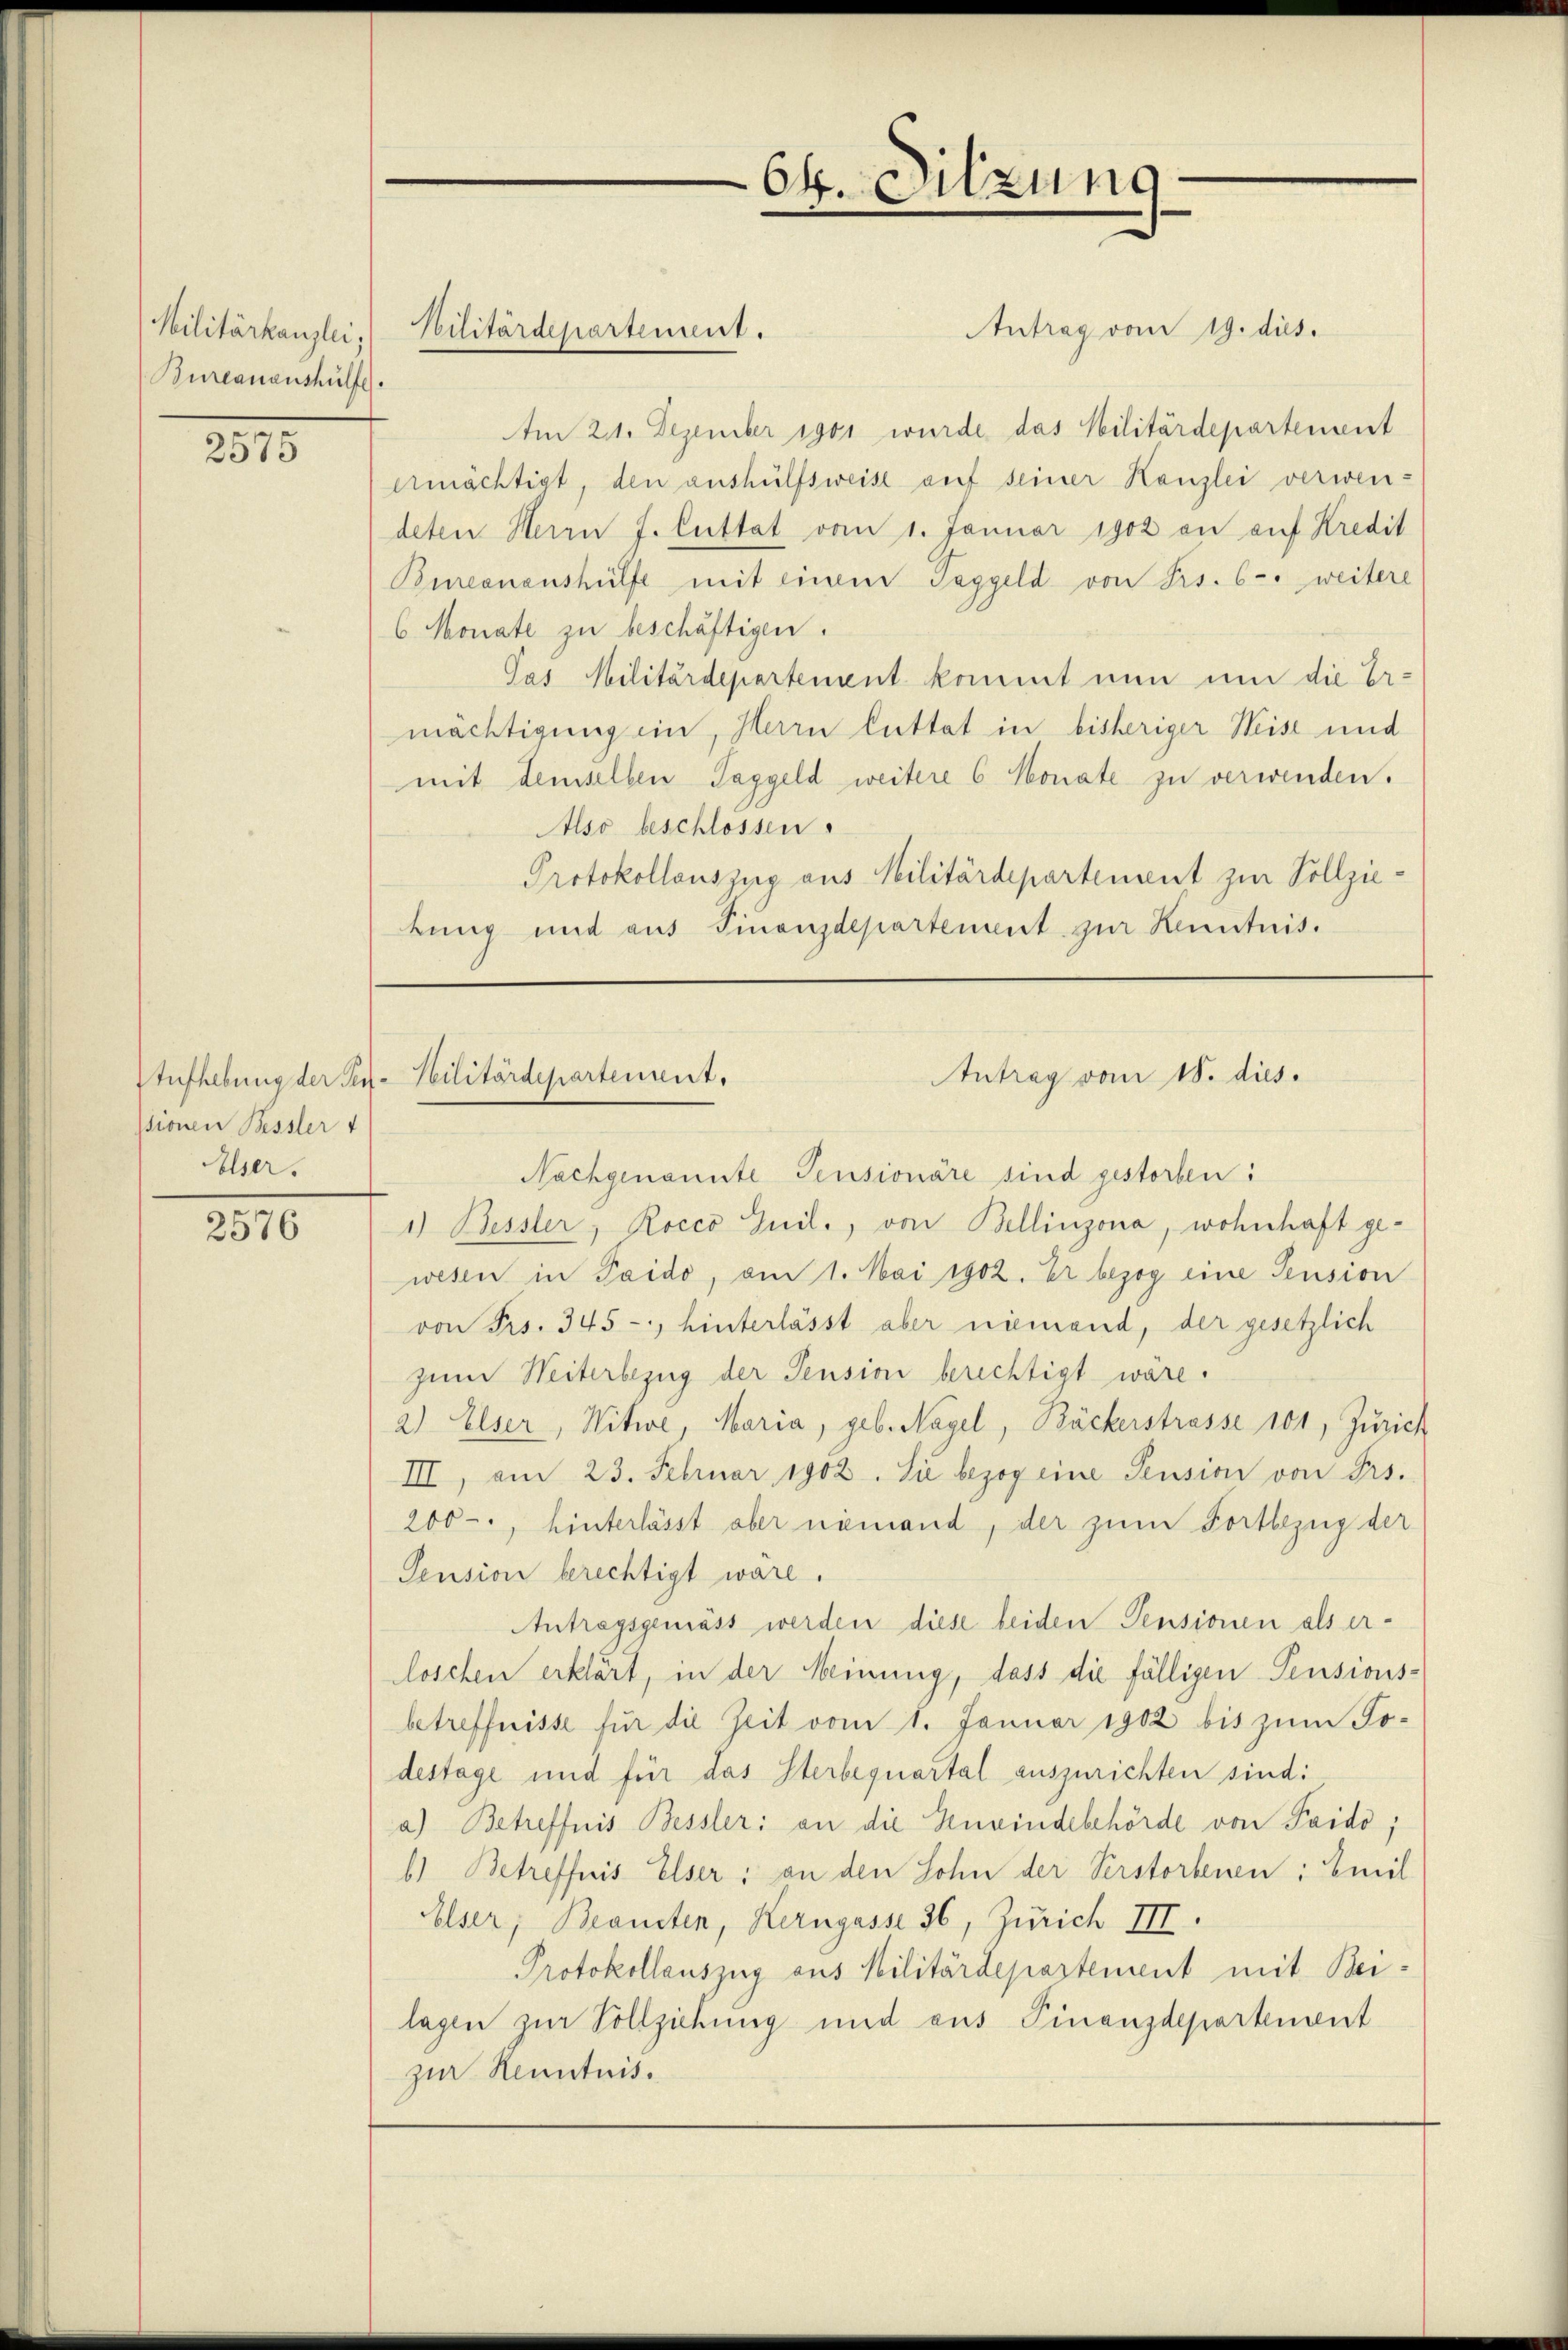
Bureauenshülfe

2575

ssionen Bessler
Solser.

2576

Antrag vom 19. dies
Am 21. Dezember 1901 wurde, das Militärdepartement
ermächtigt, den aushülfsweise auf seiner Kanzlei verwen-
deten Herrn J. Cuttat vom 1. Januar 1902 an auf Kredit
Bureananshülfe mit einem Taggeld von Frs. 6 - weitere
6 Monate zu beschäftigen.
Pas Militärdepartement kommt nun um die Er-
mächtigung ein, Herrn Luttat in bisheriger Weise und
mit demselben Taggeld weitere 6 Monate zu verwenden.
Also beschlossen
Protokollauszug aus Militärdepartement zur Vollziebung und aus Finanzdepartement zur Kenntnis.

Militärkanzlei, Hilitärdepartement.

Aufhebung der Ser-Militärdepartement.

64. Sitzung

Nachgenannte Pensionäre sind gestorben:
1) Bessler, Rocco Guil., von Bellinzona, wohnhaft ge-
wesen in Paido, am 1. Mai 1902. Er bezog eine Pension
von Frs. 345 - hinterlässt aber niemand, der gesetzlich
zum Weiterbezug der Pension berechtigt wäre.
2) Elser, Witwe, Maria, geb. Nagel, Bäckerstrasse 101, Zürich
III, am 23. Februar 1902. Sie bezog eine Pension von Frs.
200-, hinterlässt aber niemand, der zum Fortbezug der
Pension berechtigt wäre.
Antragsgemäss werden diese beiden Pensionen als er-
loschen erklärt, in der Meinung, dass die fälligen Pensions-
betreffnisse für die Zeit vom 1. Januar 1902 bis zum Jodestage und für das Sterbequartal auszurichten sind:
a) Betreffnis Bessler: an die Zenwindebehörde von Paido;
b) Betreffnis Elser: an den Sohn der Verstorbenen: Emil
Elser, Beansten, Kerngasse 36, Zürich III.
Protokollauszug aus Militärdepartement mit Bei-
lagen zur Vollziehung und aus Finanzdepartement
zur Kenntnis.

Antrag vom 18. dies.